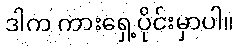
ဒါက ကားရှေ့ပိုင်းမှာပါ။